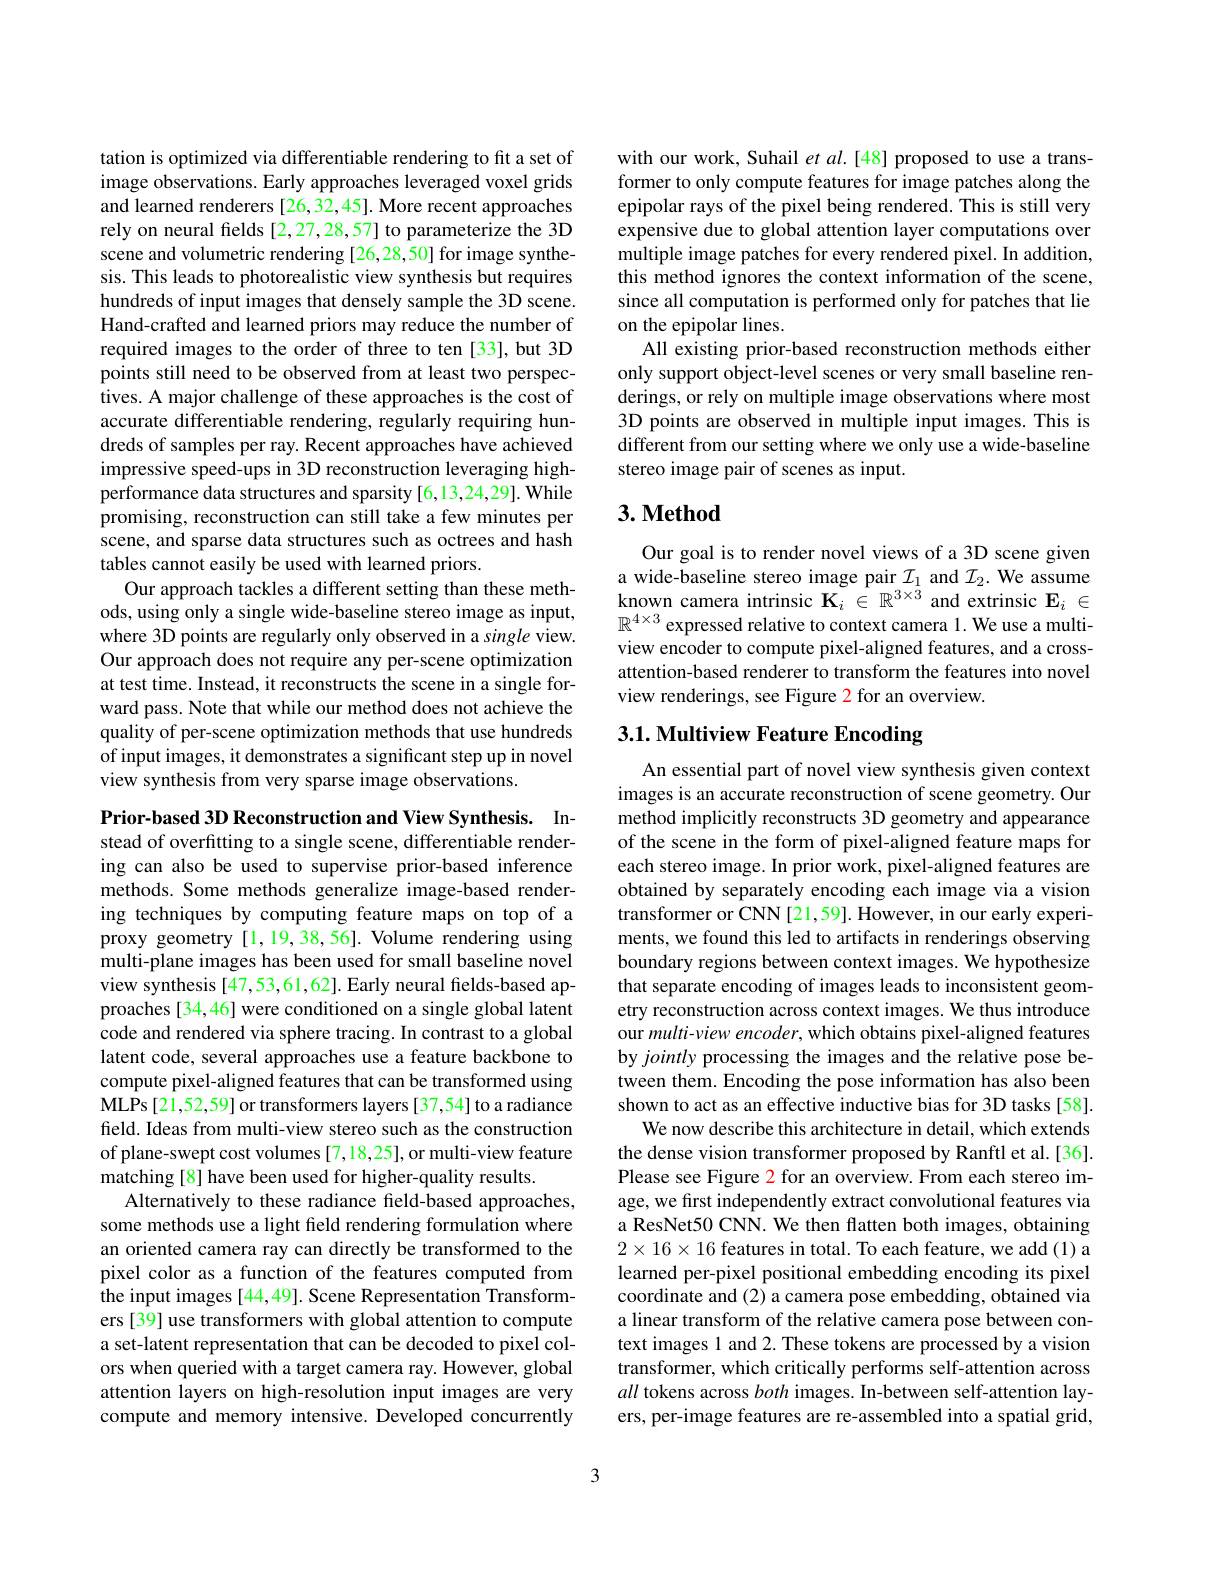
tation is optimized via differentiable rendering to fit a set of image observations. Early approaches leveraged voxel grids and learned renderers [26,32,45]. More recent approaches rely on neural fields [2,27,28,57] to parameterize the 3D scene and volumetric rendering [26,28,50] for image synthesis. This leads to photorealistic view synthesis but requires hundreds of input images that densely sample the 3D scene. Hand-crafted and learned priors may reduce the number of required images to the order of three to ten [33], but 3D points still need to be observed from at least two perspectives. A major challenge of these approaches is the cost of accurate differentiable rendering, regularly requiring hundreds of samples per ray. Recent approaches have achieved impressive speed-ups in 3D reconstruction leveraging highperformance data structures and sparsity [6,13,24,29]. While promising, reconstruction can still take a few minutes per scene, and sparse data structures such as octrees and hash tables cannot easily be used with learned priors.
Our approach tackles a different setting than these methods, using only a single wide-baseline stereo image as input, where 3D points are regularly only observed in a single view. Our approach does not require any per-scene optimization at test time. Instead, it reconstructs the scene in a single forward pass. Note that while our method does not achieve the quality of per-scene optimization methods that use hundreds of input images, it demonstrates a significant step up in novel view synthesis from very sparse image observations.

Prior-based 3D Reconstruction and View Synthesis. Instead of overfitting to a single scene, differentiable rendering can also be used to supervise prior-based inference methods. Some methods generalize image-based rendering techniques by computing feature maps on top of a proxy geometry [1,19,38,56].Volume rendering using multi-plane images has been used for small baseline novel view synthesis [47,53,61,62]. Early neural fields-based approaches [34,46] were conditioned on a single global latent code and rendered via sphere tracing. In contrast to a global latent code, several approaches use a feature backbone to compute pixel-aligned features that can be transformed using MLPs [21,52,59] or transformers layers [37,54] to a radiance field. Ideas from multi-view stereo such as the construction of plane-swept cost volumes[7,18,25], or multi-view feature matching [8] have been used for higher-quality results.
Alternatively to these radiance field-based approaches, some methods use a light field rendering formulation where an oriented camera ray can directly be transformed to the pixel color as a function of the features computed from the input images [44,49]. Scene Representation Transformers [39] use transformers with global attention to compute a set-latent representation that can be decoded to pixel colors when queried with a target camera ray. However, global attention layers on high-resolution input images are very compute and memory intensive. Developed concurrently

with our work, Suhail et al.[48] proposed to use a transformer to only compute features for image patches along the epipolar rays of the pixel being rendered. This is still very expensive due to global attention layer computations over multiple image patches for every rendered pixel. In addition, this method ignores the context information of the scene, since all computation is performed only for patches that lie on the epipolar lines.
All existing prior-based reconstruction methods either only support object-level scenes or very small baseline renderings, or rely on multiple image observations where most 3D points are observed in multiple input images. This is different from our setting where we only use a wide-baseline stereo image pair of scenes as input.

## 3. Method

Our goal is to render novel views of a 3D scene given a wide-baseline stereo image pair $\mathcal{I}_1$ and $\mathcal{I}_2.$ We assume known camera intrinsic $\mathbf{K}_i\in\mathbb{R}^{3\times\tilde{3}}$ and extrinsic $\mathbf{E}_i\in$ $\mathbb{R}^{4\times3}$ expressed relative to context camera 1. We use a multiview encoder to compute pixel-aligned features, and a crossattention-based renderer to transform the features into novel view renderings, see Figure 2 for an overview.

# 3.1. Multiview Feature Encoding

An essential part of novel view synthesis given context images is an accurate reconstruction of scene geometry. Our method implicitly reconstructs 3D geometry and appearance of the scene in the form of pixel-aligned feature maps for each stereo image. In prior work, pixel-aligned features are obtained by separately encoding each image via a vision transformer or CNN [21,59]. However, in our early experiments, we found this led to artifacts in renderings observing boundary regions between context images. We hypothesize that separate encoding of images leads to inconsistent geometry reconstruction across context images. We thus introduce our multi-view encoder, which obtains pixel-aligned features by jointly processing the images and the relative pose between them. Encoding the pose information has also been shown to act as an effective inductive bias for 3D tasks [58].
We now describe this architecture in detail, which extends the dense vision transformer proposed by Ranftl et al.[36]. Please see Figure 2 for an overview. From each stereo image, we first independently extract convolutional features via a ResNet50 CNN. We then flatten both images, obtaining $2\times16\times16$ features in total. To each feature, we add (1) a learned per-pixel positional embedding encoding its pixel coordinate and (2) a camera pose embedding, obtained via a linear transform of the relative camera pose between context images 1 and 2. These tokens are processed by a vision transformer, which critically performs self-attention across all tokens across both images. In-between self-attention layers, per-image features are re-assembled into a spatial grid,

3